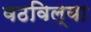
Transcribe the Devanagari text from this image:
वठविल्या